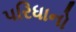
પરિધાનો